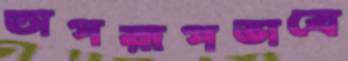
অপরূপভাবে